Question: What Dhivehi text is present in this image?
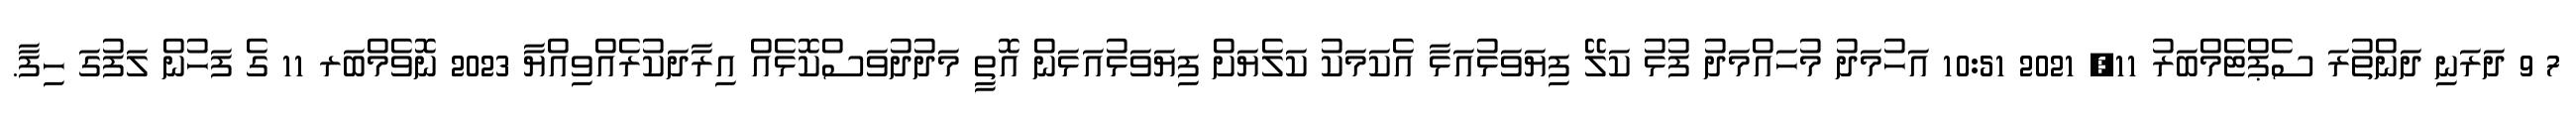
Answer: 7 9 ދަރަނި ދަންތުރަ ސެޕްޓެމްބަރު 11, 2021 10:51 އަހުމަދު މުހައްމަދު ފުޅު ކަލޭ ފިޔަވަޅުއަޅާ އެކަމަކު ކަލެޔަށް ފިޔަވަޅުއަޅަން އޮތީ މަދުދުވަސްކޮޅެއް އިރާދަކުރެއްވިއްޔާ 2023 ނޮވެމްބަރ 11 ގެ ފަހުން ލަފުގަ ހިފާ.